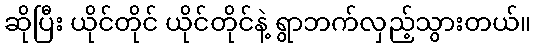
ဆိုပြီး ယိုင်တိုင် ယိုင်တိုင်နဲ့ ရွာဘက်လှည့်သွားတယ်။